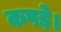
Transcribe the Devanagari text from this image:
कपड़े।